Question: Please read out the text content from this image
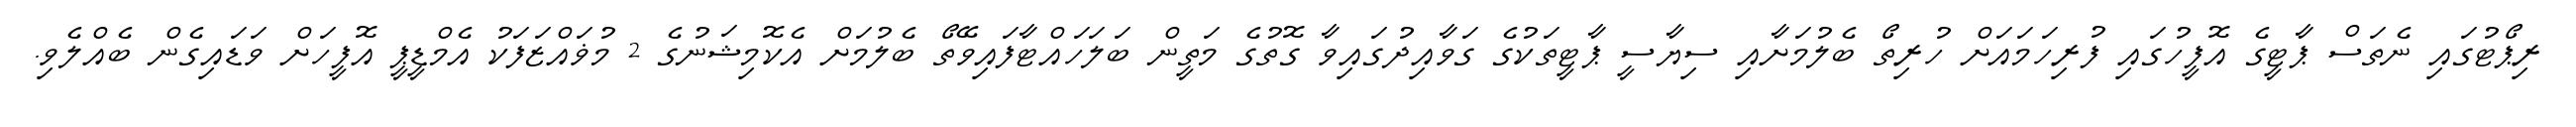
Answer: ރިޕޯޓުގައި ނެތަސް ޕާޓީގެ އޮފީހުގައި ފުރިހަމައަށް ހުރިތޯ ބެލުމަށާއި ސިޔާސީ ޕާޓީތަކުގެ ގަވާއިދުގައިވާ ގޮތުގެ މަތީން ބަލަހައްޓާފައިވޭތޯ ބެލުމަށް އެކޮމިޝަނުގެ 2 މުޥައްޒަފަކު އެމްޑީޕީ އޮފީހަށް ވަޑައިގެން ބެއްލެވި.